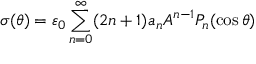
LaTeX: \sigma ( \theta ) = \varepsilon _ { 0 } \sum _ { n = 0 } ^ { \infty } ( 2 n + 1 ) a _ { n } A ^ { n - 1 } P _ { n } ( \cos \theta )